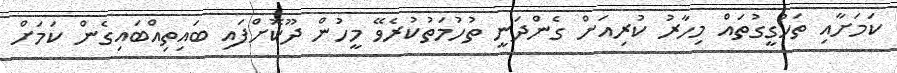
ކަމަށާއި ތަހުގީގުތައް މިހާރު ކުރިއަށް ގެންދަނީ ތުހުމަތުކުރެވޭ މީހުން ދޫކޮށްފައި ބައިތިއްބައިގެން ކަަމަށް